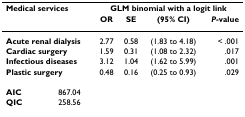
<table><thead><tr><td colspan="2"><b>Medical services</b></td><td colspan="4"><b>GLM binomial with a logit link</b></td></tr><tr><td></td><td></td><td><b>OR</b></td><td><b>SE</b></td><td><b>(95% CI)</b></td><td><b><i>P</i>-value</b></td></tr></thead><tbody><tr><td colspan="2"><b>Acute renal dialysis</b></td><td>2.77</td><td>0.58</td><td>(1.83 to 4.18)</td><td>&lt; .001</td></tr><tr><td colspan="2"><b>Cardiac surgery</b></td><td>1.59</td><td>0.31</td><td>(1.08 to 2.32)</td><td>.017</td></tr><tr><td colspan="2"><b>Infectious diseases</b></td><td>3.12</td><td>1.04</td><td>(1.62 to 5.99)</td><td>.001</td></tr><tr><td colspan="2"><b>Plastic surgery</b></td><td>0.48</td><td>0.16</td><td>(0.25 to 0.93)</td><td>.029</td></tr><tr><td><b>AIC</b></td><td>867.04</td><td></td><td></td><td></td><td></td></tr><tr><td><b>QIC</b></td><td>258.56</td><td></td><td></td><td></td><td></td></tr></tbody></table>